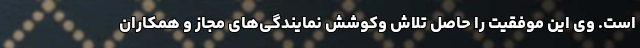
است. وی این موفقیت را حاصل تلاش وکوشش نمایندگی‌های مجاز و همکاران